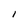
Character: I